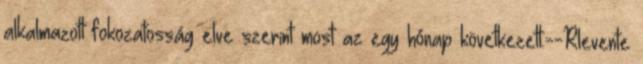
alkalmazott fokozatosság elve szerint most az egy hónap következett.--Rlevente